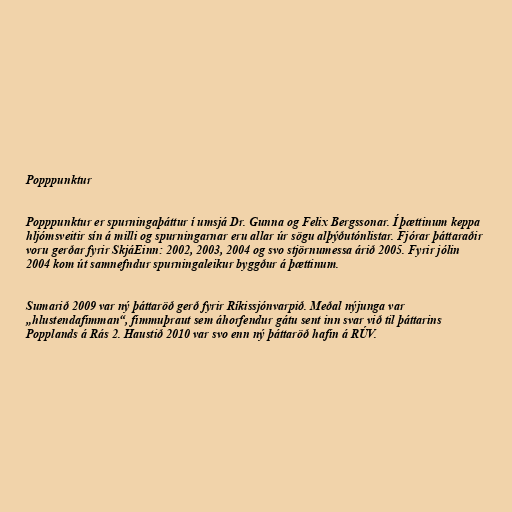
Popppunktur

Popppunktur er spurningaþáttur í umsjá Dr. Gunna og Felix Bergssonar. Í þættinum keppa
hljómsveitir sín á milli og spurningarnar eru allar úr sögu alþýðutónlistar. Fjórar þáttaraðir
voru gerðar fyrir SkjáEinn: 2002, 2003, 2004 og svo stjörnumessa árið 2005. Fyrir jólin
2004 kom út samnefndur spurningaleikur byggður á þættinum.

Sumarið 2009 var ný þáttaröð gerð fyrir Ríkissjónvarpið. Meðal nýjunga var
„hlustendafimman“, fimmuþraut sem áhorfendur gátu sent inn svar við til þáttarins
Popplands á Rás 2. Haustið 2010 var svo enn ný þáttaröð hafin á RÚV.